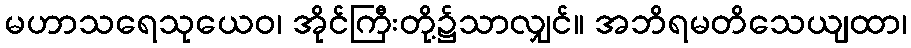
မဟာသရေသုယေဝ၊ အိုင်ကြီးတို့၌သာလျှင်။ အဘိရမတိသေယျထာ၊